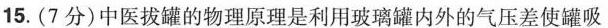
15.(7分)中医拔罐的物理原理是利用玻璃罐内外的气压差使罐吸